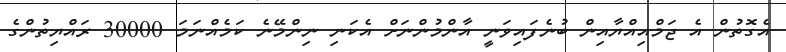
އެގޮތުން އެ ޖަމްއިއްޔާއިން ބުނެފައިވަނީ އާންމުންނަށް އެކަނި ނިންމޭނެ ކަމެއްނަމަ 30000 ރައްޔިތުންގެ